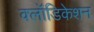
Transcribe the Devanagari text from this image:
क्लॉडिकेशन